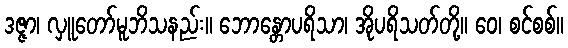
ဒဇ္ဇာ၊ လှူတော်မူဘိသနည်း။ ဘောန္တောပရိသာ၊ အိုပရိသတ်တို့။ ဝေ၊ စင်စစ်။